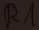
Text: R1